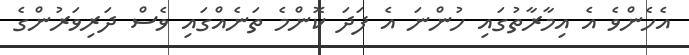
އެހެންވެ އެ އިމާރާތުގައި ހުންނަ އެ ފަދަ ކޮންމެ ތަނެއްގައި ވެސް ދަރިވަރުންގެ